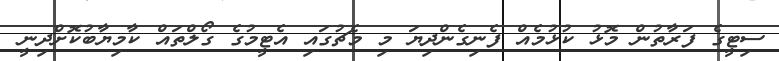
ސިޓީގެ ފަރާތުން މޮޅު ކުޅުމެއް ފެނިގެންދިޔަ މި މެޗުގައި އެޓީމުގެ ގޯލްތައް ކާމިޔާބުކޮށްދިނީ